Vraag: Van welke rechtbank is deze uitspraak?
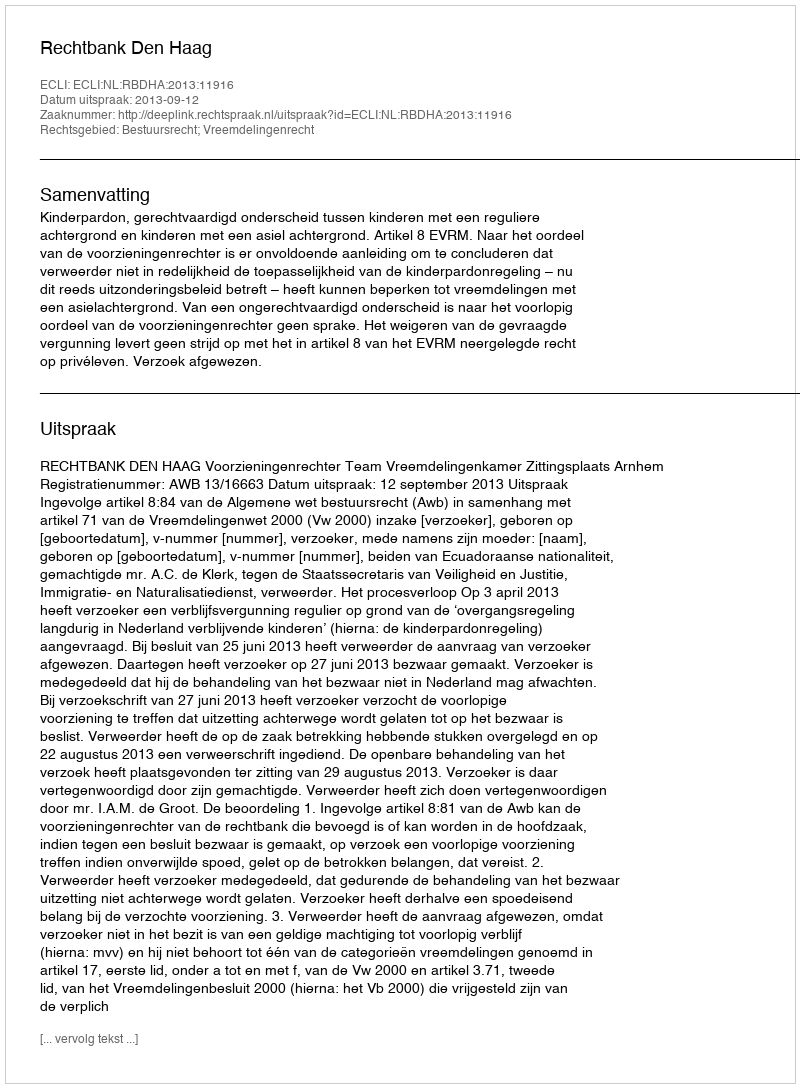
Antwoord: Rechtbank Den Haag